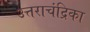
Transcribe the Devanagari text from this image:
उत्तराचंद्रिका